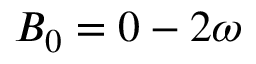
B _ { 0 } = 0 - 2 \omega